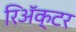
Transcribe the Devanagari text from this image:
रिॲक्टर